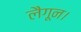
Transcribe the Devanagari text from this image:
लैगून।